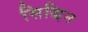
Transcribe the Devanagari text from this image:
सिद्धिन